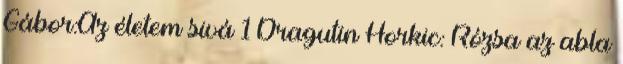
Gábor:Az életem sivá 1 Dragutin Horkic: Rózsa az abla